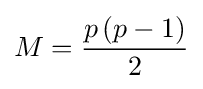
M={\frac {p\,(p-1)}{2}}